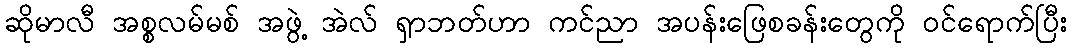
ဆိုမာလီ အစ္စလမ်မစ် အဖွဲ့ အဲလ် ရှာဘတ်ဟာ ကင်ညာ အပန်းဖြေစခန်းတွေကို ဝင်ရောက်ပြီး